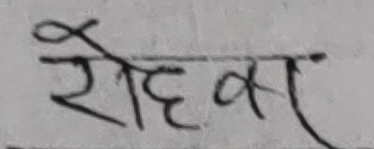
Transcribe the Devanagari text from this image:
रोहवा